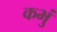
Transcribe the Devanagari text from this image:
कभुं